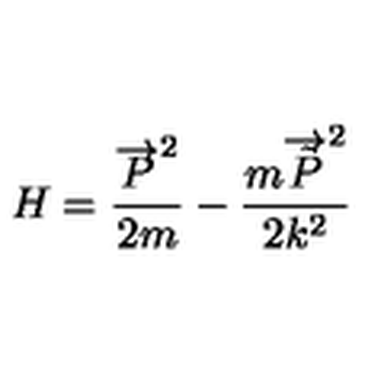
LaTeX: H = \frac { \overrightarrow { P } ^ { 2 } } { 2 m } - \frac { m \overrightarrow { \tilde { P } } ^ { 2 } } { 2 k ^ { 2 } }